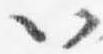
以